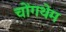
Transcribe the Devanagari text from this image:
चोंगथेम